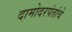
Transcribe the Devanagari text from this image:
दामोदरपंतांचे